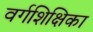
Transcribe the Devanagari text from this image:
वर्गशिक्षिका